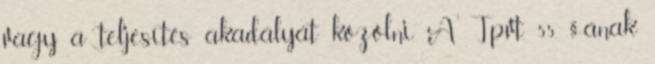
vagy a teljesítés akadályát közölni. A Tpvt. 55. §-ának